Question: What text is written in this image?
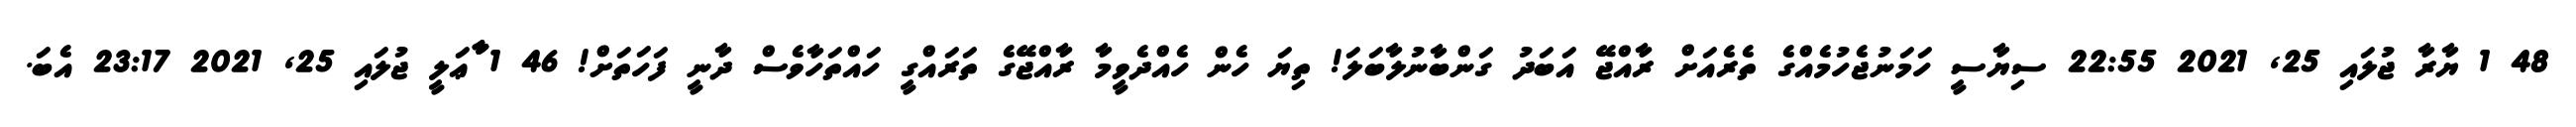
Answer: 48 1 ޔާރާ ޖުލައި 25, 2021 22:55 ސިޔާސީ ހަމަނުޖެހުމެއްގެ ތެރެއަށް ރާއްޖޭ އަބަދު ގަންބާނުލާބަލަ! ތިޔަ ހެން ހެއްދެވީމާ ރާއްޖޭގެ ތަރައްގީ ހައްތަހާވެސް ދާނީ ފަހަތަށް! 46 1 ާާާޢަލީ ޖުލައި 25, 2021 23:17 އެބަ.